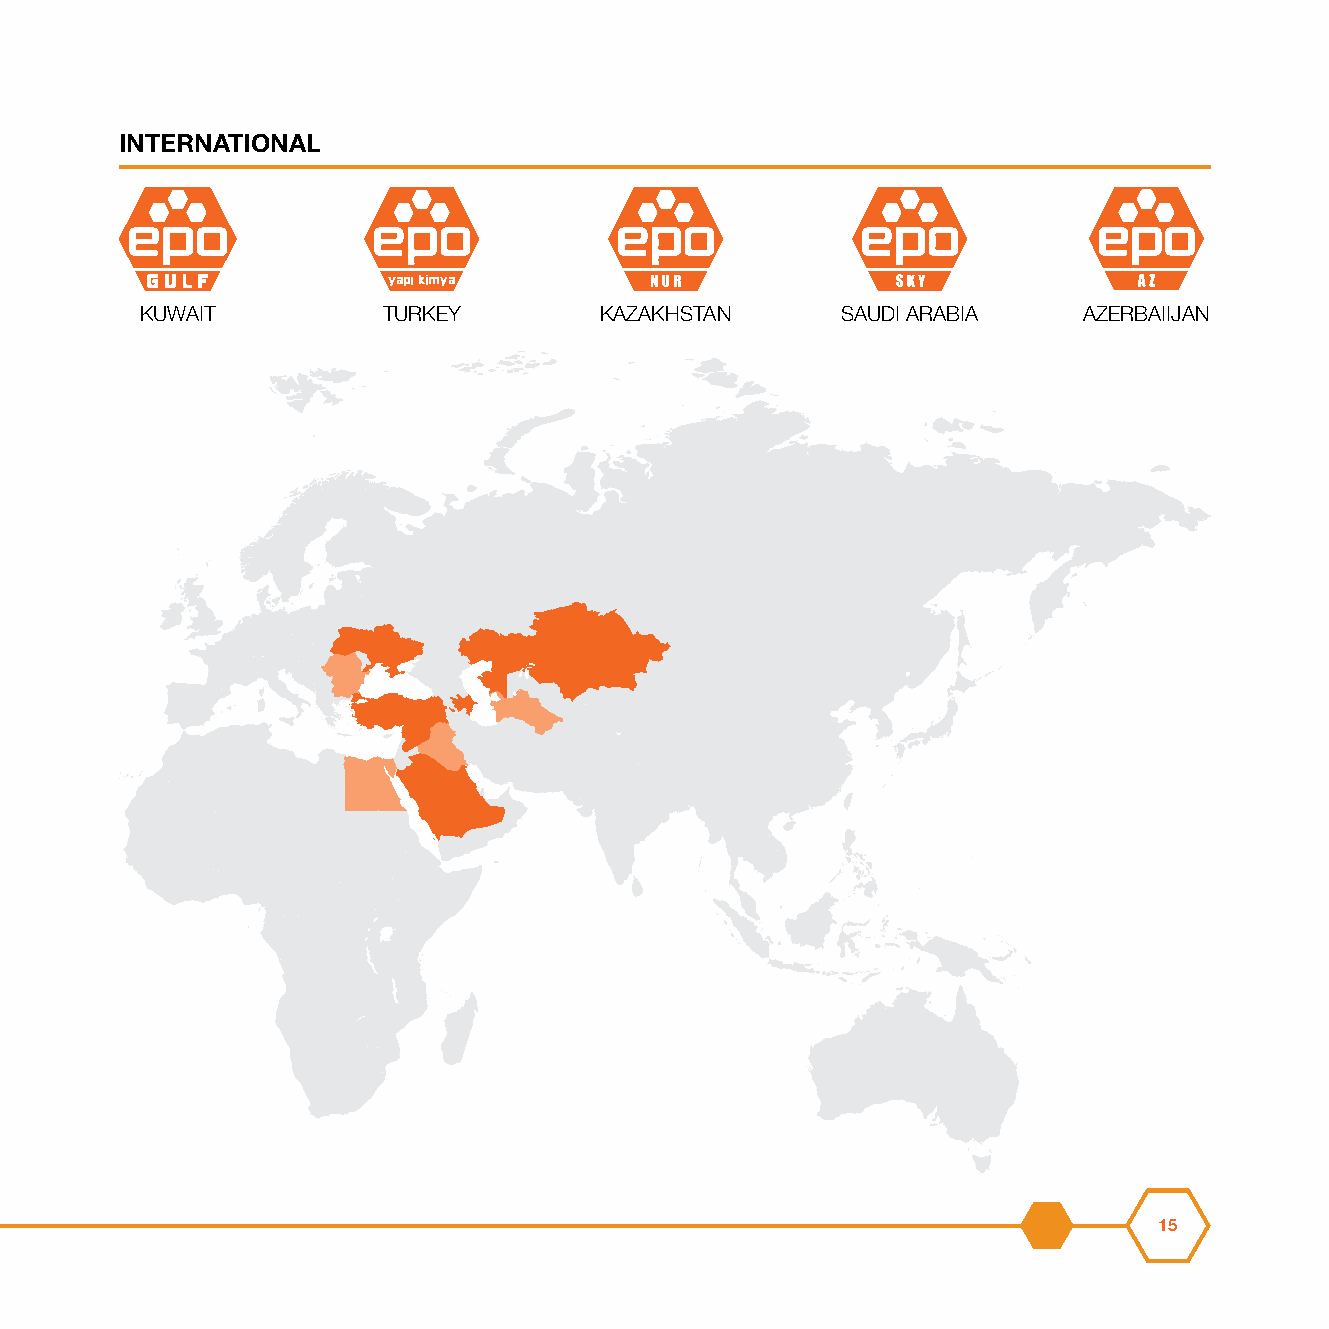
INTERNATIONAL
 KUWAIT          TURKEY         KAZAKHSTAN      SAUDI ARABIA    AZERBAIIJAN
 15